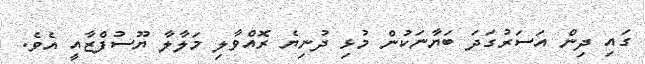
ގައި ދިން އަސަރުގަދަ ބަޔާނަކުން މުޅި ދުނިޔެ ރޮއްވާލި މަލާލާ ޔޫސުފްޒާއީ އެވެ.